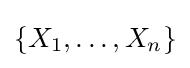
\{X_{1},\ldots ,X_{n}\}